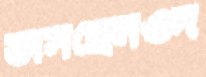
ভাসছেনওদ